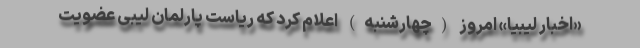
«اخبار لیبیا» امروز (چهارشنبه) اعلام کرد که ریاست پارلمان لیبی عضویت